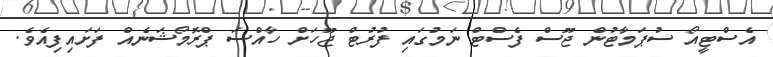
އެސްޓީއޯ ސުޕަމާޓުން ޖޫސް ފެސްޓް ނަމުގައި ފުރުޓް ޖޫހަށް ހާއްސަ ޕްރޮމޯޝަނެއް ފަށައިިފިއެވެ.